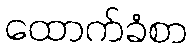
ထောက်ခံစာ